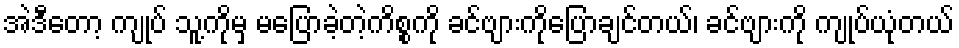
အဲဒီတော့ ကျုပ် သူ့ကိုမှ မပြောခဲ့တဲ့ကိစ္စကို ခင်ဗျားကိုပြောချင်တယ်၊ ခင်ဗျားကို ကျုပ်ယုံတယ်